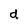
Character: d